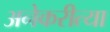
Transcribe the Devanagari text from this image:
अनेकरीत्या